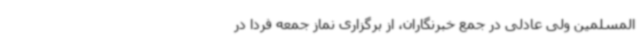
المسلمین ولی عادلی در جمع خبرنگاران، از برگزاری نماز جمعه فردا در